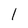
Character: l